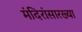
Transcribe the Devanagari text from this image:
मंदिरांसारख्या